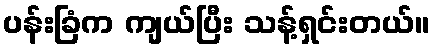
ပန်းခြံက ကျယ်ပြီး သန့်ရှင်းတယ်။